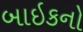
બાઇકનો